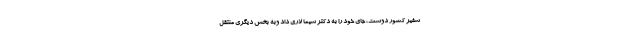
سفیر کشور دوست، جای خود را به دکتر سیما لاری داد وبه بخش دیگری منتقل